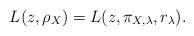
LaTeX: \begin{align*}L(z,\rho_{X}) = L(z,\pi_{X,\lambda}, r_\lambda).\end{align*}